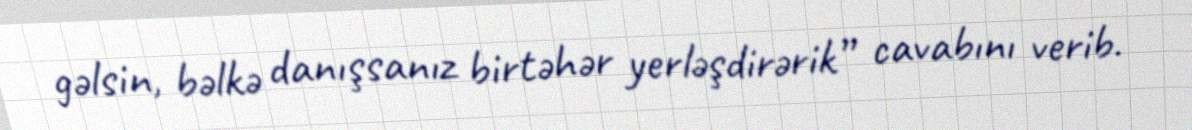
gəlsin, bəlkə danışsanız birtəhər yerləşdirərik” cavabını verib.